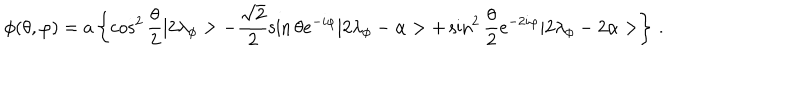
LaTeX: \phi ( \theta , \varphi ) = a \left\{ \cos ^ { 2 } \frac { \theta } { 2 } | 2 \lambda _ { \phi } > - \frac { \sqrt { 2 } } { 2 } \sin \theta e ^ { - i \varphi } | 2 \lambda _ { \phi } - \alpha > + \sin ^ { 2 } \frac { \theta } { 2 } e ^ { - 2 i \varphi } | 2 \lambda _ { \phi } - 2 \alpha > \right\} \, .